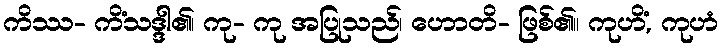
ကိဿ- ကိံသဒ္ဒါ၏၊ ကု- ကု အပြုသည်၊ ဟောတိ- ဖြစ်၏။ ကုဟိံ, ကုဟံ